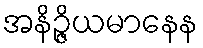
အနိဉ္ဇိယမာနေန